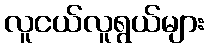
လူငယ်လူရွယ်များ